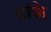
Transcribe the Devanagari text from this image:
ढांके